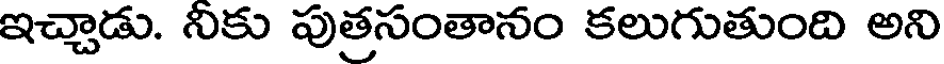
ఇచ్చాడు. నీకు పుత్రసంతానం కలుగుతుంది అని